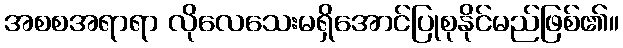
အစစအရာရာ လိုလေသေးမရှိအောင်ပြုစုနိုင်မည်ဖြစ်၏။